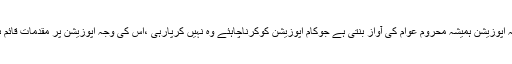
سلمان غنی کا کہناتھا کہ اپوزیشن ہمیشہ محروم عوام کی آواز بنتی ہے جوکام اپوزیشن کوکرناچاہئے وہ نہیں کرپارہی ،اس کی وجہ اپوزیشن پر مقدمات قائم ہونا اوردیگر مسائل ہیں۔